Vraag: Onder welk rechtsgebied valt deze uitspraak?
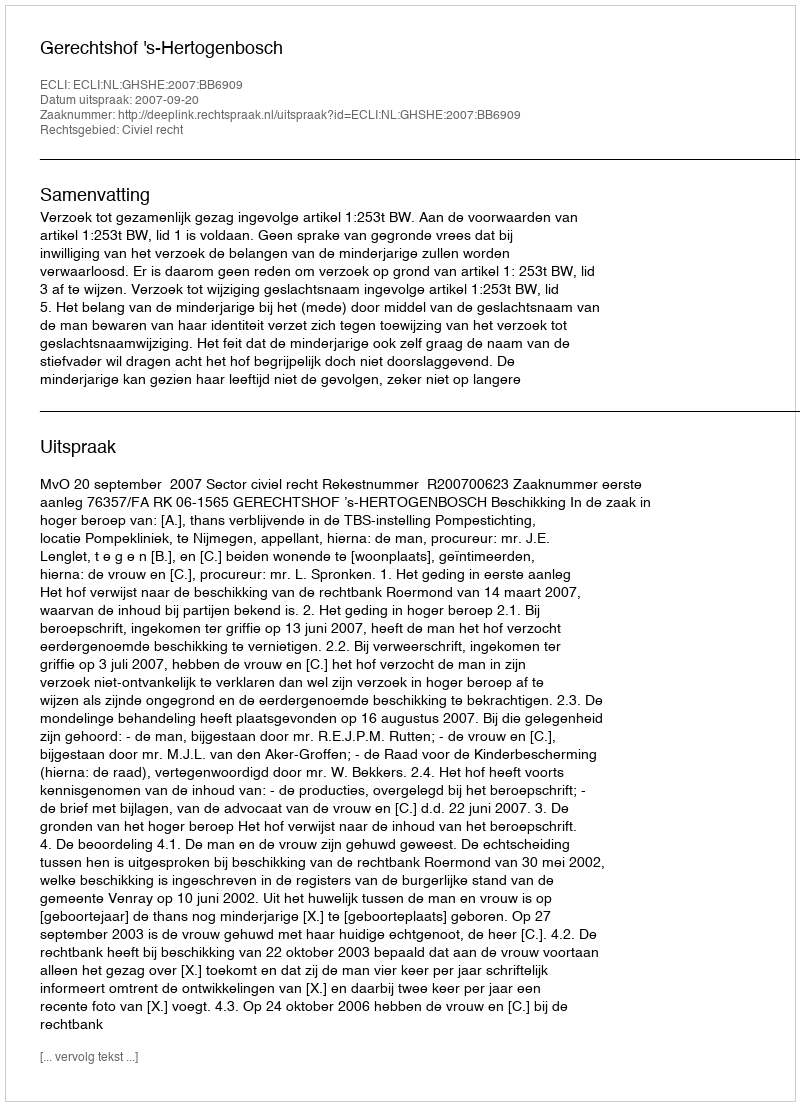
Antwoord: Civiel recht